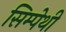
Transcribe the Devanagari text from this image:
सिम्पेथी